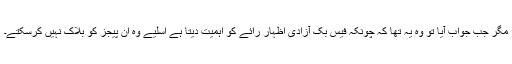
مگر جب جواب آیا تو وہ یہ تھا کہ چونکہ فیس بک آزادی اظہار رائے کو اہمیت دیتا ہے اسلیے وہ ان پیجز کو بلاک نہیں کرسکتے۔